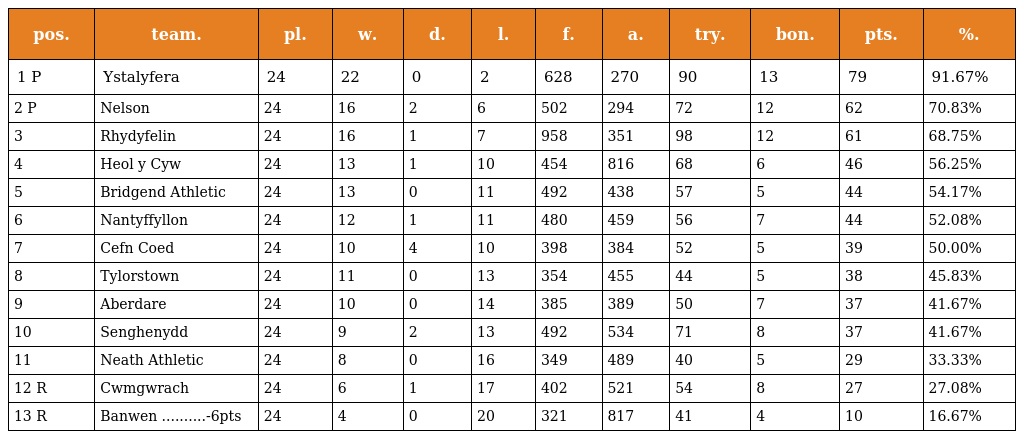
| pos. | team. | pl. | w. | d. | l. | f. | a. | try. | bon. | pts. | %. |
 | --- | --- | --- | --- | --- | --- | --- | --- | --- | --- | --- | --- |
 | 1 P | Ystalyfera | 24 | 22 | 0 | 2 | 628 | 270 | 90 | 13 | 79 | 91.67% |
 | 2 P | Nelson | 24 | 16 | 2 | 6 | 502 | 294 | 72 | 12 | 62 | 70.83% |
 | 3 | Rhydyfelin | 24 | 16 | 1 | 7 | 958 | 351 | 98 | 12 | 61 | 68.75% |
 | 4 | Heol y Cyw | 24 | 13 | 1 | 10 | 454 | 816 | 68 | 6 | 46 | 56.25% |
 | 5 | Bridgend Athletic | 24 | 13 | 0 | 11 | 492 | 438 | 57 | 5 | 44 | 54.17% |
 | 6 | Nantyffyllon | 24 | 12 | 1 | 11 | 480 | 459 | 56 | 7 | 44 | 52.08% |
 | 7 | Cefn Coed | 24 | 10 | 4 | 10 | 398 | 384 | 52 | 5 | 39 | 50.00% |
 | 8 | Tylorstown | 24 | 11 | 0 | 13 | 354 | 455 | 44 | 5 | 38 | 45.83% |
 | 9 | Aberdare | 24 | 10 | 0 | 14 | 385 | 389 | 50 | 7 | 37 | 41.67% |
 | 10 | Senghenydd | 24 | 9 | 2 | 13 | 492 | 534 | 71 | 8 | 37 | 41.67% |
 | 11 | Neath Athletic | 24 | 8 | 0 | 16 | 349 | 489 | 40 | 5 | 29 | 33.33% |
 | 12 R | Cwmgwrach | 24 | 6 | 1 | 17 | 402 | 521 | 54 | 8 | 27 | 27.08% |
 | 13 R | Banwen ..........-6pts | 24 | 4 | 0 | 20 | 321 | 817 | 41 | 4 | 10 | 16.67% |